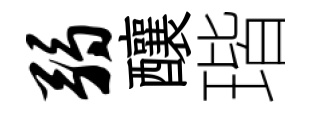
弱釀瑎